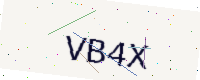
Text: VB4X